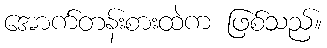
အောက်တန်းစားထဲက ဖြစ်သည်။